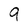
Character: 9